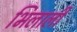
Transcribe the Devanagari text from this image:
भिलाली